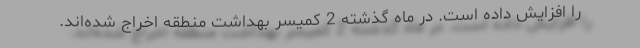
را افزایش داده است. در ماه گذشته 2 کمیسر بهداشت منطقه اخراج شده‌اند.